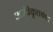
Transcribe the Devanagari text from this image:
अधिकृतबंध